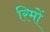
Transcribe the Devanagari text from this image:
रिमों